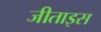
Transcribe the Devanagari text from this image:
जीताइस